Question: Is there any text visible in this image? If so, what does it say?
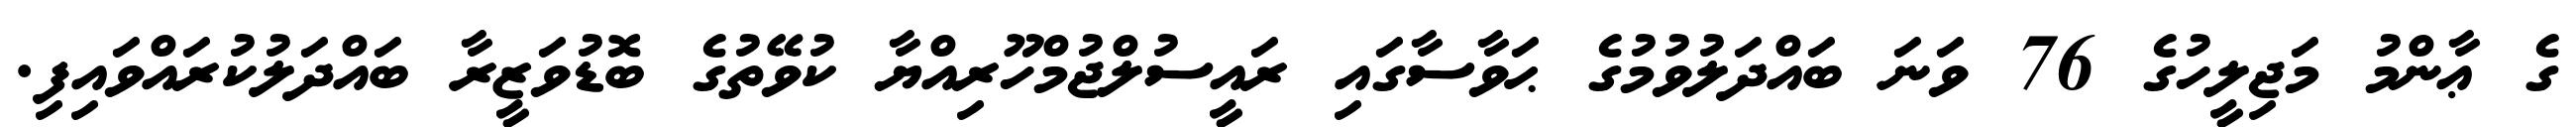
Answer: ގެ ޢާންމު މަޖިލީހުގެ 76 ވަނަ ބައްދަލުވުމުގެ ޙަވާސާގައި ރައީސުލްޖުމްހޫރިއްޔާ ކުވޭތުގެ ބޮޑުވަޒީރާ ބައްދަލުކުރައްވައިފި.